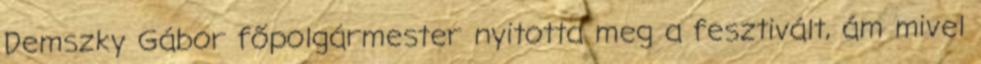
Demszky Gábor főpolgármester nyitotta meg a fesztivált, ám mivel